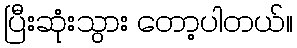
ပြီးဆုံးသွား တော့ပါတယ်။